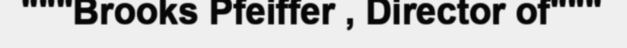
"""Brooks Pfeiffer , Director of"""